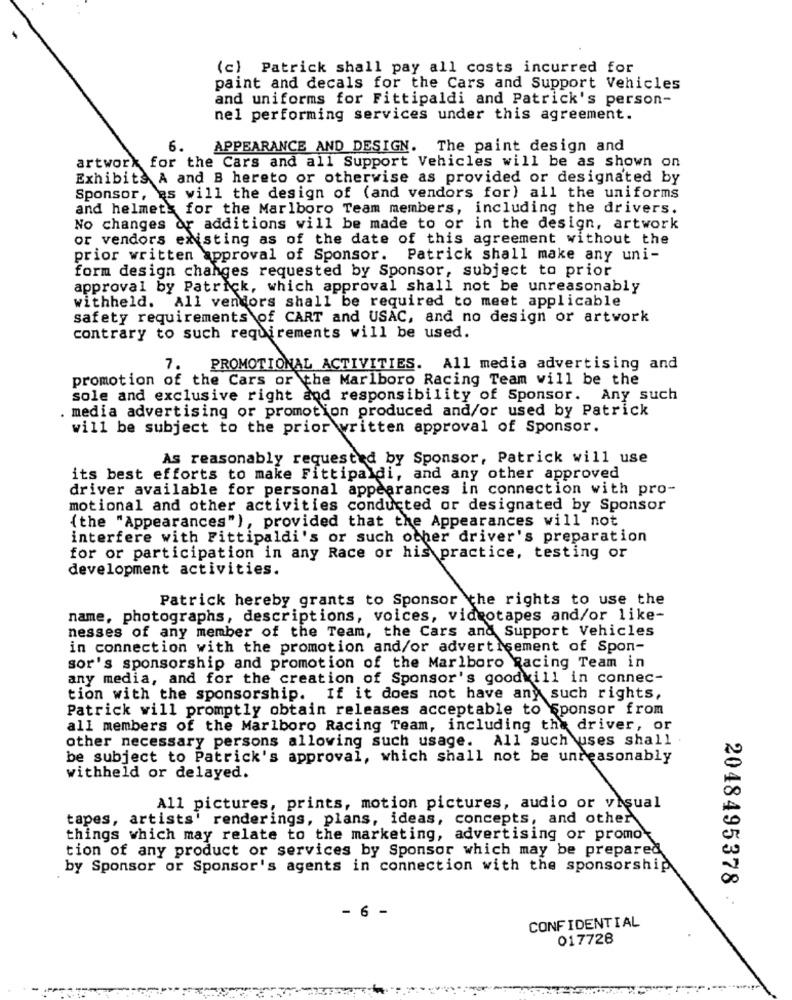
(c) Patrick shall pay all costs incurred for
paint and decals for the Cars and Support Vehicles
and uniforms for Fittipaldi and Patrick's person-
nel performing services under this agreement.
6.
APPEARANCE AND DESIGN. The paint design and
artwork for the Cars and all Support Vehicles will be as shown on
Exhibits A and B hereto or otherwise as provided or designated by
Sponsor, es will the design of (and vendors for) all the uniforms
and helmets for the Marlboro Team members, including the drivers.
No changes or additions will be made to or in the design, artwork
or vendors existing as of the date of this agreement without the
prior written approval of Sponsor. Patrick shall make any uni-
form design changes requested by Sponsor, subject to prior
approval by Patrick, which approval shall not be unreasonably
withheld. All vendors shall be required to meet applicable
safety requirements of CART and USAC, and no design or artwork
contrary to such requirements will be used.
7.
PROMOTIONAL ACTIVITIES. All media advertising and
promotion of the Cars or the Marlboro Racing Team will be the
sole and exclusive right and responsibility of Sponsor. Any such
. media advertising or promotion produced and/or used by Patrick
will be subject to the prior written approval of Sponsor.
As reasonably requested by Sponsor, Patrick will use
its best efforts to make Fittipaldi, and any other approved
driver available for personal appearances in connection with pro-
motional and other activities conducted or designated by Sponsor
{the "Appearances" ), provided that the Appearances will not
interfere with Fittipaldi's or such other driver's preparation
for or participation in any Race or his practice, testing or
development activities.
Patrick hereby grants to Sponsor the rights to use the
name, photographs, descriptions, voices, videotapes and/or like-
nesses of any member of the Team, the Cars and Support Vehicles
in connection with the promotion and/or advertisement of Spon-
sor's sponsorship and promotion of the Marlboro Racing Team in
any media, and for the creation of Sponsor's goodkill in connec-
tion with the sponsorship. If it does not have any such rights,
Patrick will promptly obtain releases acceptable to Sponsor from
all members of the Marlboro Racing Team, including the driver, or
other necessary persons allowing such usage. All such uses shall
be subject to Patrick's approval, which shall not be unreasonably
withheld or delayed.
All pictures, prints, motion pictures, audio or visual
tapes, artists' renderings, plans, ideas, concepts, and other
things which may relate to the marketing, advertising or promo-
tion of any product or services by Sponsor which may be prepared
by Sponsor or Sponsor's agents in connection with the sponsorship
2048495378
- 6 -
CONFIDENTIAL
017728